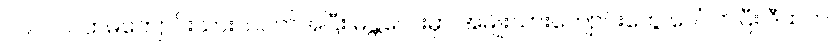
၁၉၂၀ ပထမကျောင်းသားသပိတ်အပြီး မန္တလေးမှာ အမျိုးသားကျောင်းတွေ ပေါ်လာပြီး ဒီထဲက